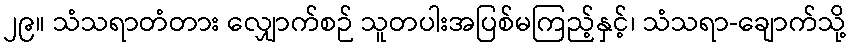
၂၉။ သံသရာတံတား လျှောက်စဉ် သူတပါးအပြစ်မကြည့်နှင့်၊ သံသရာ-ချောက်သို့